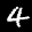
Label: 4